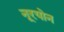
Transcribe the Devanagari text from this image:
नूरयोन